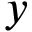
y